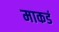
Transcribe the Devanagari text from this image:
माकडं